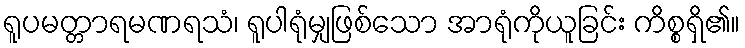
ရူပမတ္တာရမဏရသံ၊ ရူပါရုံမျှဖြစ်သော အာရုံကိုယူခြင်း ကိစ္စရှိ၏။